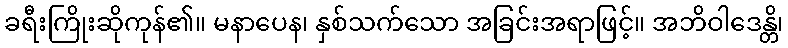
ခရီးကြိုးဆိုကုန်၏။ မနာပေန၊ နှစ်သက်သော အခြင်းအရာဖြင့်။ အဘိဝါဒေန္တိ၊